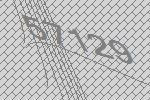
57129